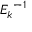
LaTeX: { E _ { k } } ^ { - 1 }